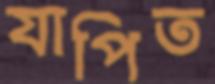
যাপিত